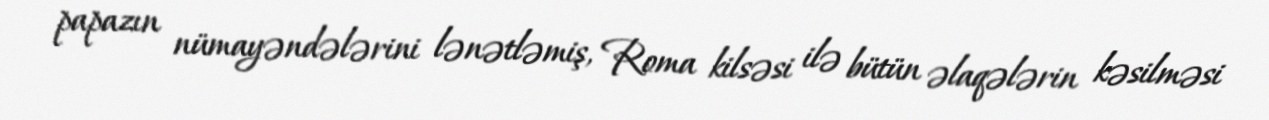
papazın nümayəndələrini lənətləmiş, Roma kilsəsi ilə bütün əlaqələrin kəsilməsi